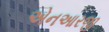
એનઆરજી